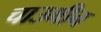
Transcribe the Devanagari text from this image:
चाउमीन